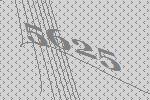
5625